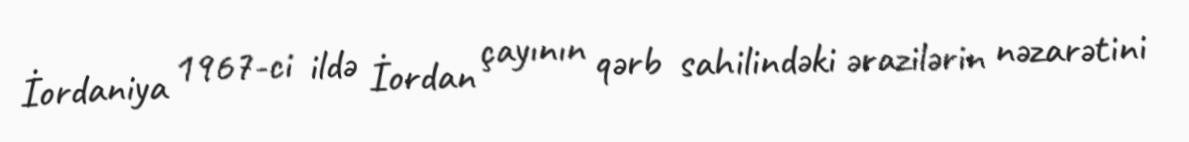
İordaniya 1967-ci ildə İordan çayının qərb sahilindəki ərazilərin nəzarətini